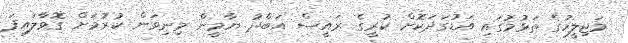
މަޖިލީހުގެ ތަޅުމުގައި އަޑުގަދަކޮށް ކުރީގެ ރައީސް އަބްދު ޔާމީން މިނިވަން ކުރުމަށް ގޮވާލައިފަ